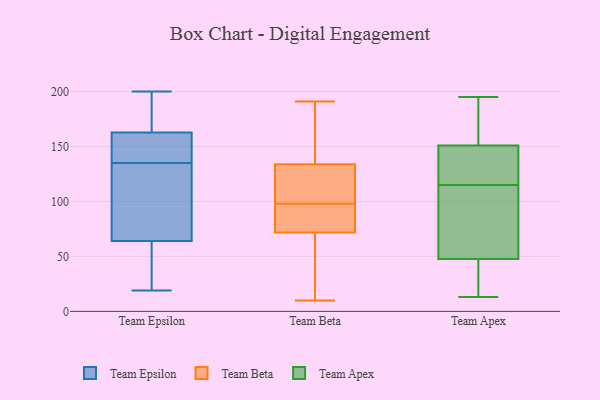
{"axis": {"x": "Revenue (USD Million)", "y": "Value"}, "legend": ["Team Apex", "Team Beta", "Team Epsilon"], "data": [{"x": "", "y": 90, "type": "Team Epsilon"}, {"x": "", "y": 23, "type": "Team Epsilon"}, {"x": "", "y": 176, "type": "Team Epsilon"}, {"x": "", "y": 140, "type": "Team Epsilon"}, {"x": "", "y": 63, "type": "Team Epsilon"}, {"x": "", "y": 170, "type": "Team Epsilon"}, {"x": "", "y": 137, "type": "Team Epsilon"}, {"x": "", "y": 63, "type": "Team Epsilon"}, {"x": "", "y": 163, "type": "Team Epsilon"}, {"x": "", "y": 157, "type": "Team Epsilon"}, {"x": "", "y": 162, "type": "Team Epsilon"}, {"x": "", "y": 200, "type": "Team Epsilon"}, {"x": "", "y": 135, "type": "Team Epsilon"}, {"x": "", "y": 49, "type": "Team Epsilon"}, {"x": "", "y": 73, "type": "Team Epsilon"}, {"x": "", "y": 67, "type": "Team Epsilon"}, {"x": "", "y": 174, "type": "Team Epsilon"}, {"x": "", "y": 102, "type": "Team Epsilon"}, {"x": "", "y": 19, "type": "Team Epsilon"}, {"x": "", "y": 164, "type": "Team Beta"}, {"x": "", "y": 42, "type": "Team Beta"}, {"x": "", "y": 137, "type": "Team Beta"}, {"x": "", "y": 82, "type": "Team Beta"}, {"x": "", "y": 98, "type": "Team Beta"}, {"x": "", "y": 118, "type": "Team Beta"}, {"x": "", "y": 73, "type": "Team Beta"}, {"x": "", "y": 163, "type": "Team Beta"}, {"x": "", "y": 133, "type": "Team Beta"}, {"x": "", "y": 68, "type": "Team Beta"}, {"x": "", "y": 95, "type": "Team Beta"}, {"x": "", "y": 10, "type": "Team Beta"}, {"x": "", "y": 103, "type": "Team Beta"}, {"x": "", "y": 80, "type": "Team Beta"}, {"x": "", "y": 49, "type": "Team Beta"}, {"x": "", "y": 191, "type": "Team Beta"}, {"x": "", "y": 107, "type": "Team Beta"}, {"x": "", "y": 124, "type": "Team Apex"}, {"x": "", "y": 138, "type": "Team Apex"}, {"x": "", "y": 13, "type": "Team Apex"}, {"x": "", "y": 62, "type": "Team Apex"}, {"x": "", "y": 43, "type": "Team Apex"}, {"x": "", "y": 73, "type": "Team Apex"}, {"x": "", "y": 152, "type": "Team Apex"}, {"x": "", "y": 38, "type": "Team Apex"}, {"x": "", "y": 73, "type": "Team Apex"}, {"x": "", "y": 148, "type": "Team Apex"}, {"x": "", "y": 156, "type": "Team Apex"}, {"x": "", "y": 35, "type": "Team Apex"}, {"x": "", "y": 115, "type": "Team Apex"}, {"x": "", "y": 29, "type": "Team Apex"}, {"x": "", "y": 183, "type": "Team Apex"}, {"x": "", "y": 162, "type": "Team Apex"}, {"x": "", "y": 90, "type": "Team Apex"}, {"x": "", "y": 139, "type": "Team Apex"}, {"x": "", "y": 195, "type": "Team Apex"}]}